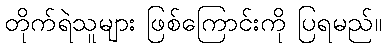
တိုက်ရဲသူများ ဖြစ်ကြောင်းကို ပြရမည်။